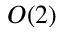
O ( 2 )